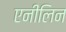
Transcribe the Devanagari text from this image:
एनीलिन